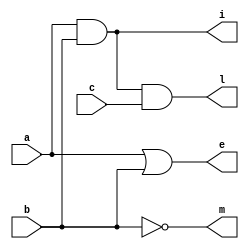
module and_not_and_or_gates (output i, m, l, e, input a, b, c);
  and (i, a,b);   // i= ignition is the output, a and b are inputs
  not (m, b);  // m = motor is the output, b are inputs
  and (l, a, b, c);  // l= remote * locked is the output, a and b, c are inputs
  or  (e,  a, b);  //r = or(engine) is the output , a and b are inputs
endmodule